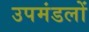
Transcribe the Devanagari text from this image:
उपमंडलों